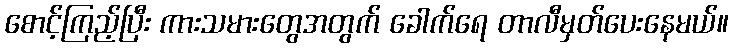
စောင့်ကြည့်ပြီး ကားသမားတွေအတွက် ခေါက်ရေ တာလီမှတ်ပေးနေမယ်။